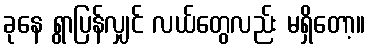
ခုနေ ရွာပြန်လျှင် လယ်တွေလည်း မရှိတော့။